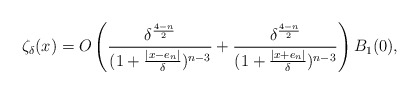
\begin{align*}\zeta_\delta(x)=O\left(\frac{\delta^\frac{4-n}{2}}{(1+\frac{|x- e_n|}{\delta})^{n-3}}+ \frac{\delta^\frac{4-n}{2}}{(1+\frac{|x+ e_n|}{\delta})^{n-3}}\right) B_1(0),\end{align*}